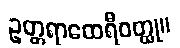
ဥတ္တရာထေရီဝတ္ထု။